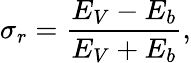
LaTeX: \sigma_{r}=\frac{E_{V}-E_{b}}{E_{V}+E_{b}},